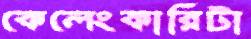
কেলেংকারিটা